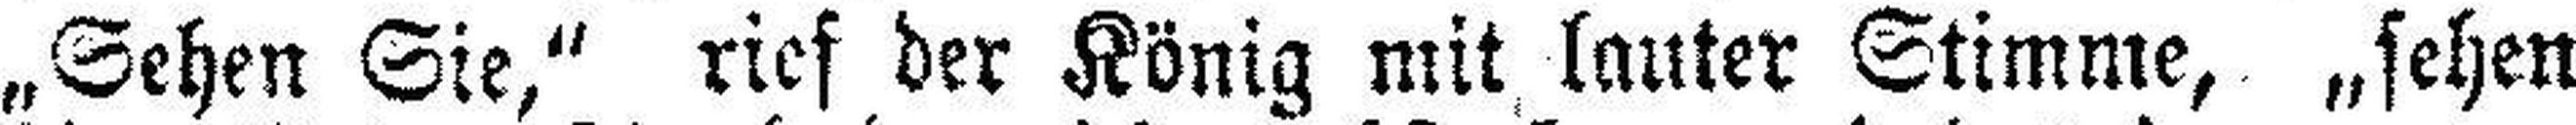
„Sehen Sie,“ rief der König mit lauter Stimme, „sehen